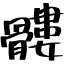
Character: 髏